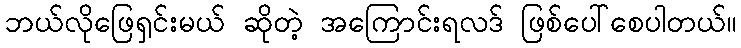
ဘယ်လိုဖြေရှင်းမယ် ဆိုတဲ့ အကြောင်းရလဒ် ဖြစ်ပေါ်စေပါတယ်။